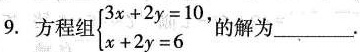
9.方程组 $$\left\{ \begin{matrix} 3x + 2y = 10, \\ x + 2y = 6 \\ \end{matrix} \right.$$ 的解为_____。